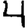
Digit: 4